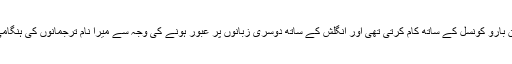
میں ان دنوں لیوٹن بارو کونسل کے ساتھ کام کرتی تھی اور انگلش کے ساتھ دوسری زبانوں پر عبور ہونے کی وجہ سے میرا نام ترجمانوں کی ہنگامی فہرست پر تھا۔